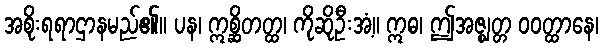
အစိုးရရာဌာနမည်၏။ ပန၊ ဣစ္ဆိတတ္ထ၊ ကိုဆိုဦးအံ့။ ဣဓ၊ ဤအဇ္ဈတ္တ ဝဝတ္ထာနေ၊